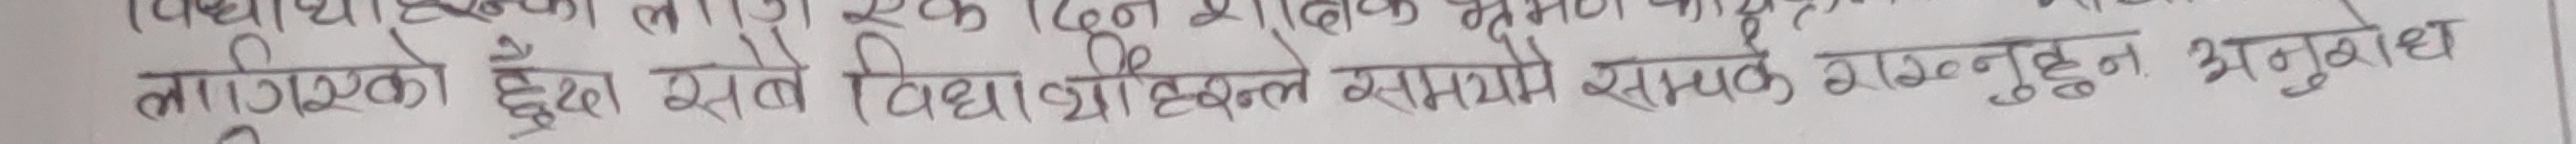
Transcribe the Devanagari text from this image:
(पहिले सृजना लाए) एक दिनमा देख्ने क्षमता चाहिन्छ।
माध्यमिक तहका दुई सबै विद्यार्थीहरुले समयमै सम्पन्न गराउन अनुोध